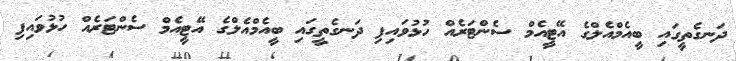
ދަނގެތީގައި ބީއެމްއެލްގެ އޭޓީއެމް ސެންޓަރެއް ހުޅުވައިފި ދަނގެތީގައި ބީއެމްއެލްގެ އޭޓީއެމް ސެންޓަރެއް ހުޅުވައިފި